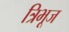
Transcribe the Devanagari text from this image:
त्रिभूज